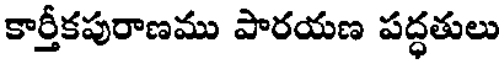
కార్తీకపురాణము పారయణ పద్ధతులు